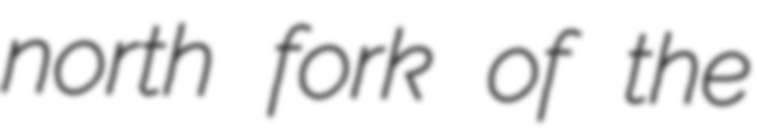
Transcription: north fork of the